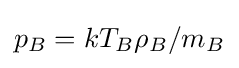
p_{B}=kT_{B}\rho _{B}/m_{B}